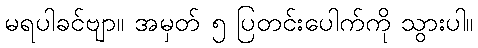
မရပါခင်ဗျာ။ အမှတ် ၅ ပြတင်းပေါက်ကို သွားပါ။